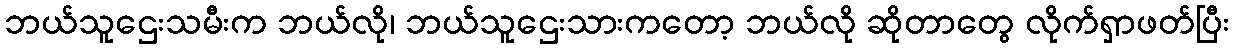
ဘယ်သူဌေးသမီးက ဘယ်လို၊ ဘယ်သူဌေးသားကတော့ ဘယ်လို ဆိုတာတွေ လိုက်ရှာဖတ်ပြီး